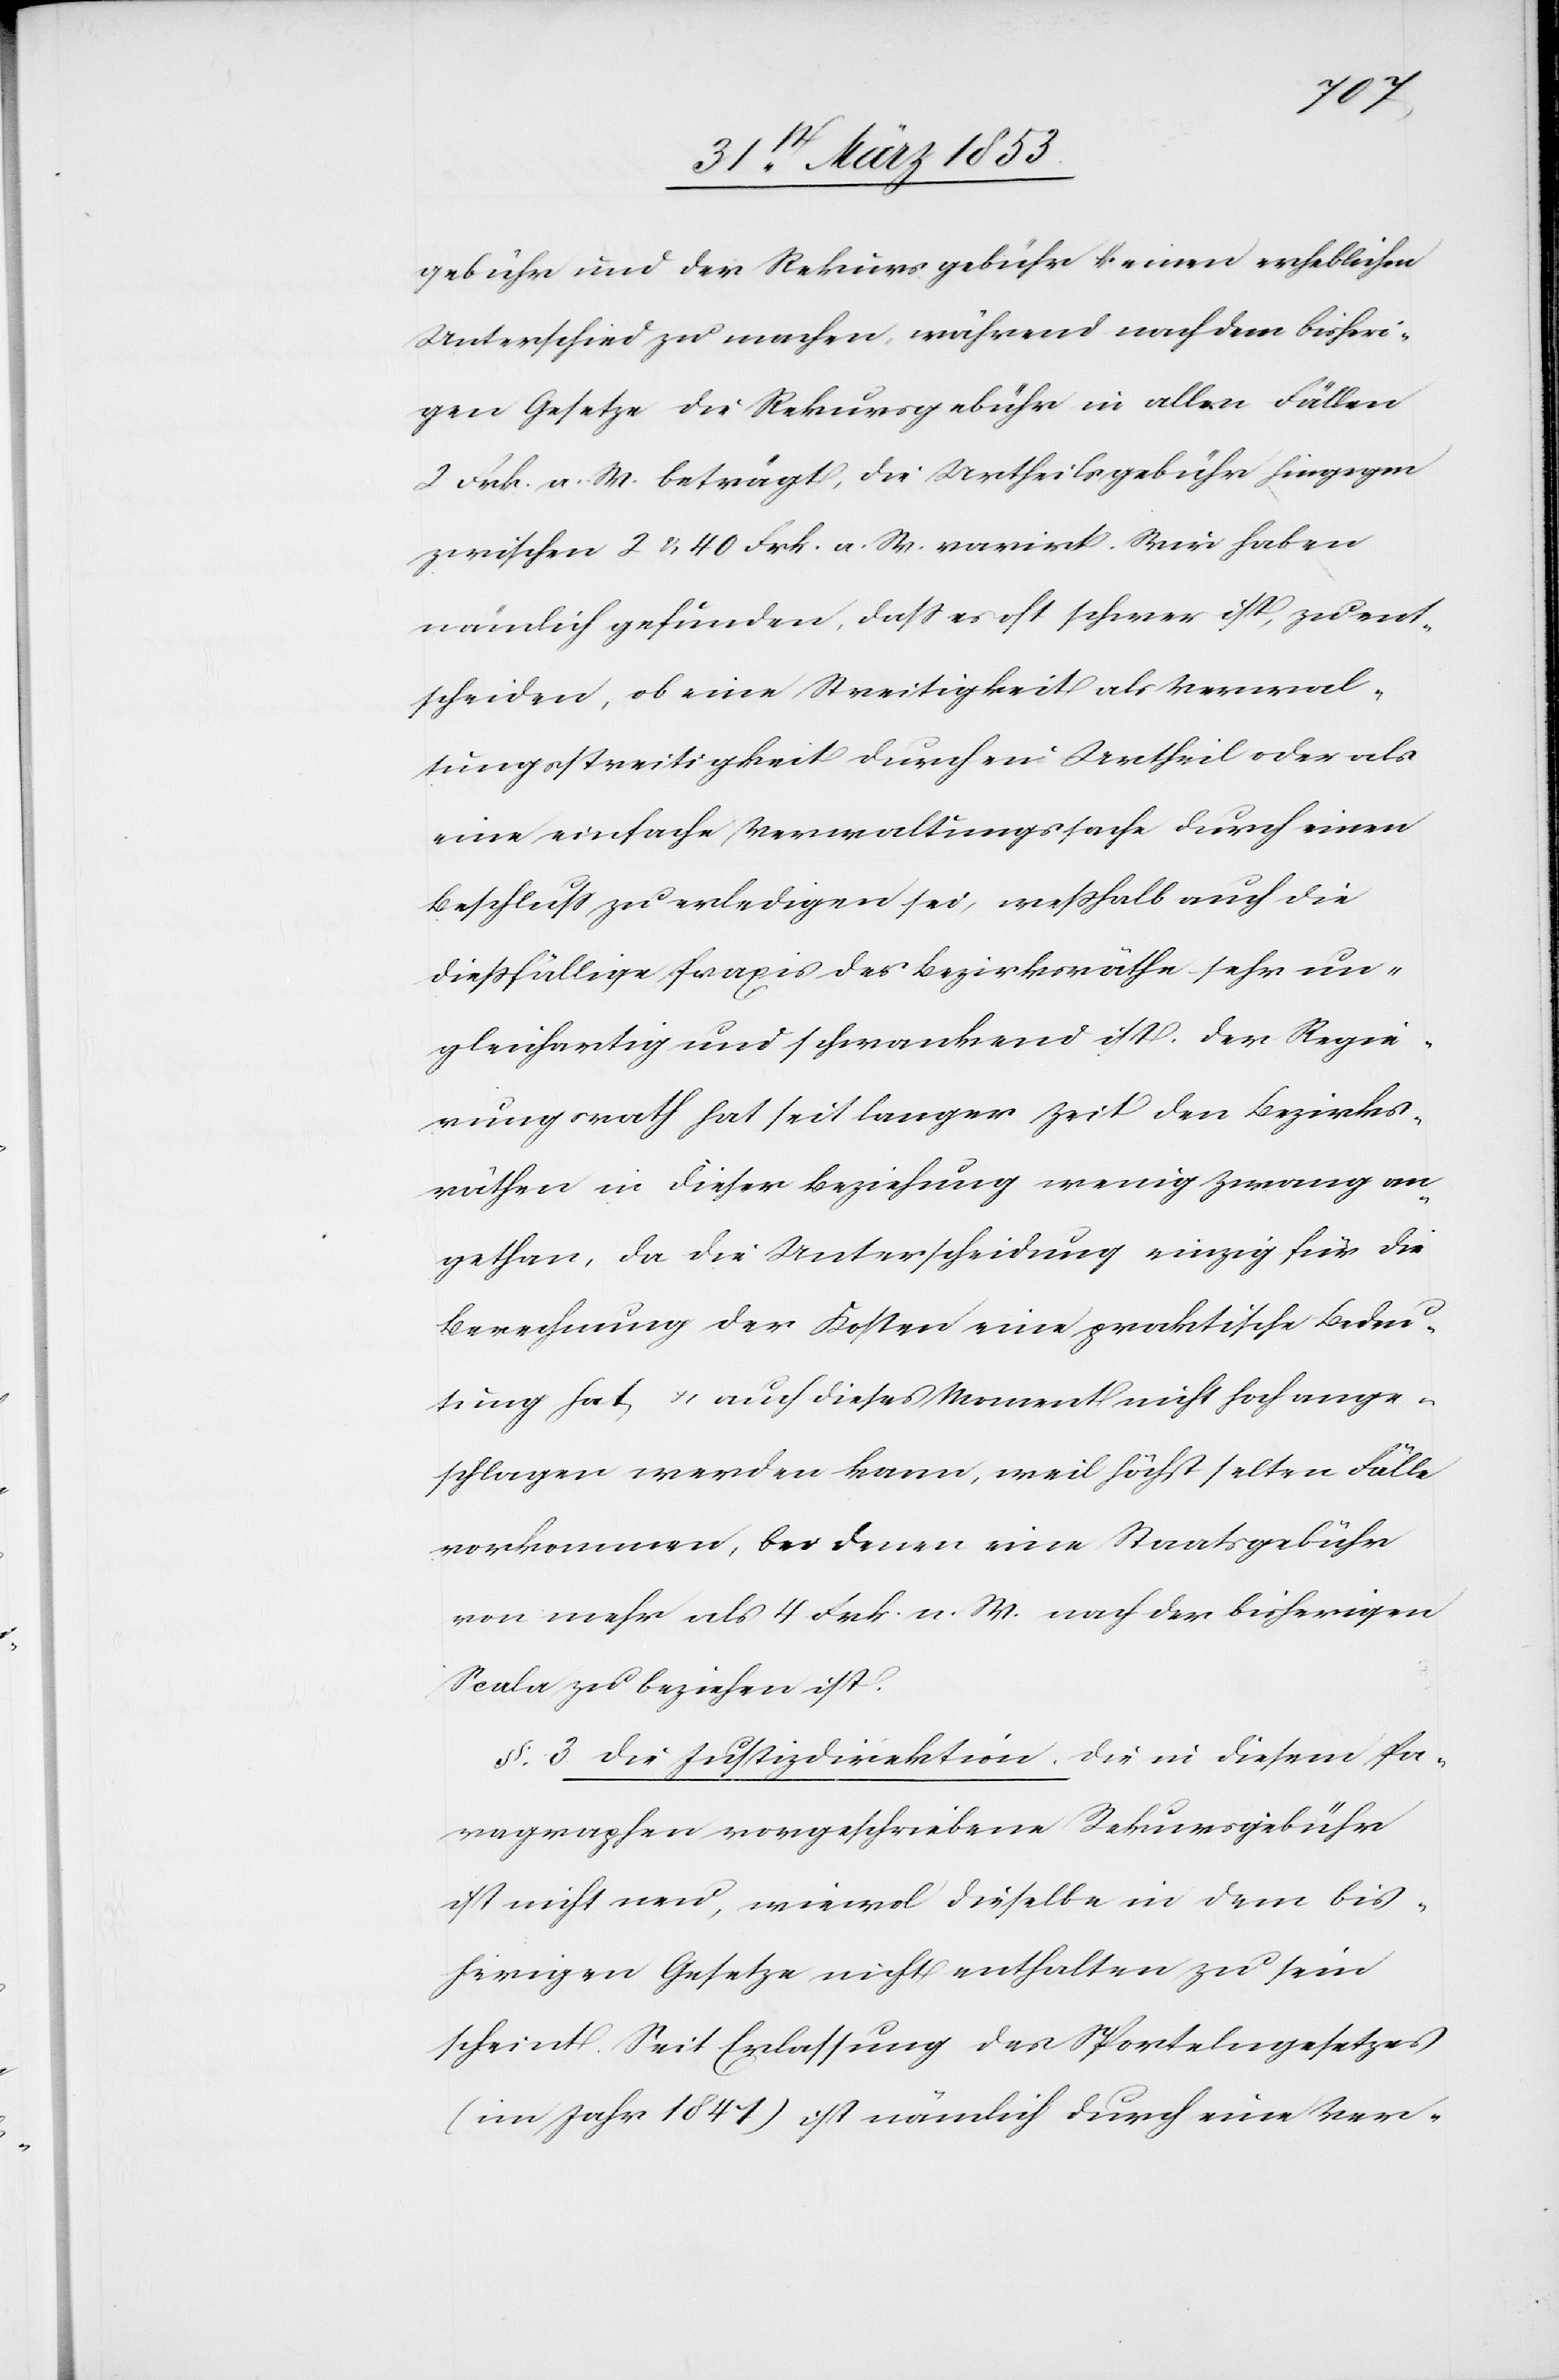
gebühr und der Rekursgebühr keinen erheblichen
Unterschied zu machen, während nach dem bisheri¬
gen Gesetze die Rechnungsgebühr in allen Fällen
2 Frk. a. W. beträgt, die Urtheilsgebühr hingegen
zwischen 2 u. 40 Frk. a. W. varirt. Wir haben
nämlich gefunden, daß es oft schwer ist, zu ent¬
scheiden, ob eine Streitigkeit als Verwal¬
tungsstreitigkeit durch ein Urtheil oder als
eine einfache Verwaltungssache durch einen
Beschluß zu erledigen sei, weßhalb auch die
dießfällige Praxis der Bezirksräthe sehr un¬
gleichartig und schwankend ist. Der Regie¬
rungsrath hat seit langer Zeit den Bezirks¬
räthen in dieser Beziehung wenig Zwang an¬
gethan, da die Unterscheidung einzig für die
Berechnung der Kosten eine praktische Bedeu¬
tung hat, u. auch dieser Moment nicht hoch ange¬
schlagen werden kann, weil höchst selten Fälle
vorkommen, bei denen eine Staatsgebühr
von mehr als 4 Frk. n. W. nach der bisherigen
Scala zu beziehen ist.
§. 3. Die Justizdirektion. Die in diesem Pa¬
ragraphen vorgeschriebene Rekursgebühr
ist nicht neu, wiewol [sic!] dieselbe in dem bis¬
herigen Gesetze nicht enthalten zu sein
scheint. Seit Erlassung des Sportelngesetzes
(im Jahr 1841) ist nämlich durch eine Ver-